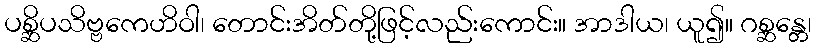
ပစ္ဆိပသိဗ္ဗကေဟိဝါ၊ တောင်းအိတ်တို့ဖြင့်လည်းကောင်း။ အာဒါယ၊ ယူ၍။ ဂစ္ဆန္တေ၊